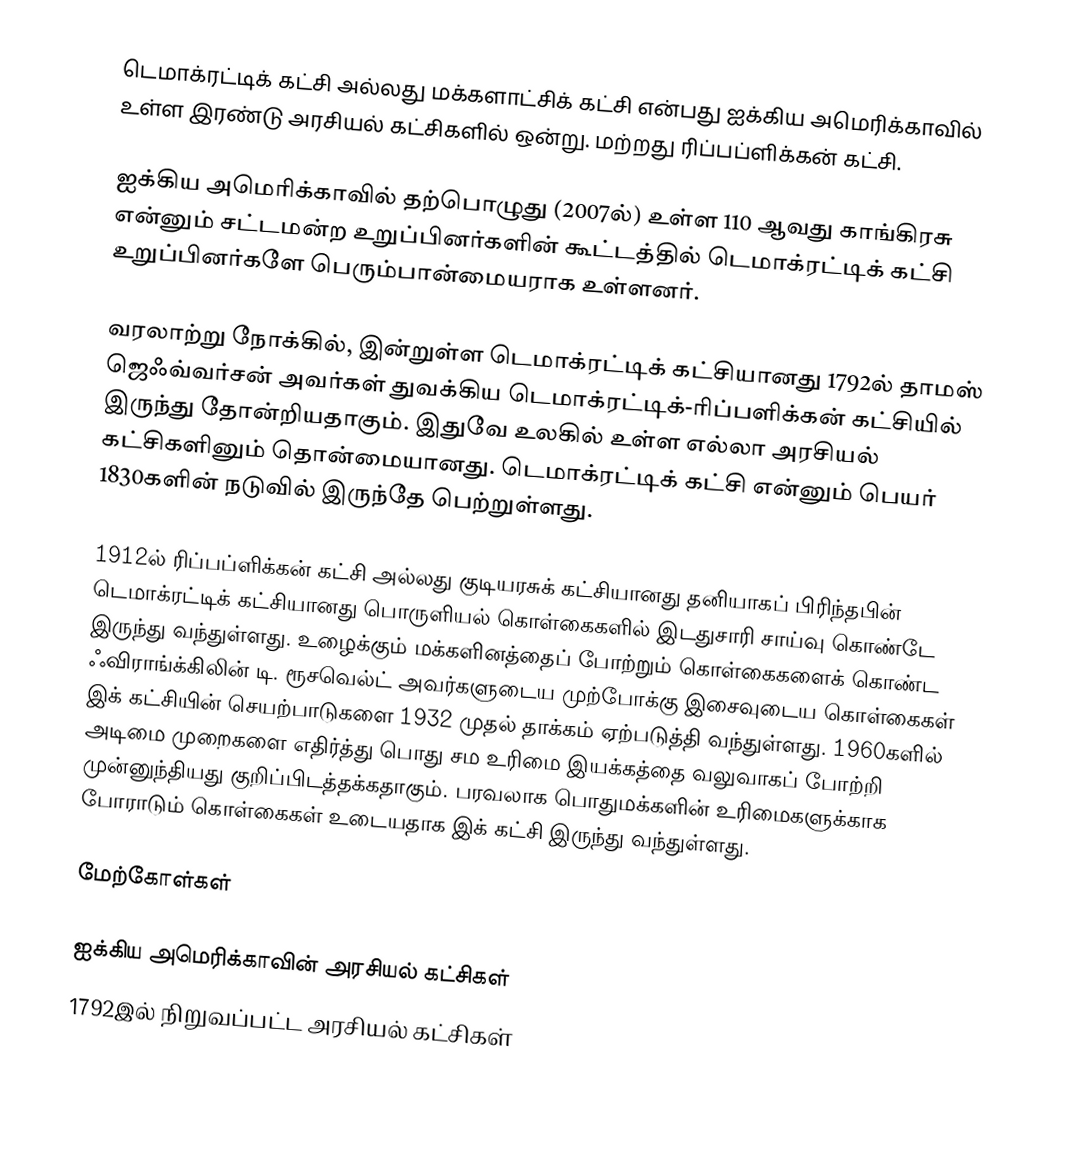
டெமாக்ரட்டிக் கட்சி அல்லது மக்களாட்சிக் கட்சி என்பது ஐக்கிய அமெரிக்காவில் உள்ள இரண்டு அரசியல் கட்சிகளில் ஒன்று. மற்றது ரிப்பப்ளிக்கன் கட்சி.

ஐக்கிய அமெரிக்காவில் தற்பொழுது (2007ல்) உள்ள 110 ஆவது காங்கிரசு என்னும் சட்டமன்ற உறுப்பினர்களின் கூட்டத்தில் டெமாக்ரட்டிக் கட்சி உறுப்பினர்களே பெரும்பான்மையராக உள்ளனர்.

வரலாற்று நோக்கில், இன்றுள்ள டெமாக்ரட்டிக் கட்சியானது 1792ல் தாமஸ் ஜெஃவ்வர்சன் அவர்கள் துவக்கிய டெமாக்ரட்டிக்-ரிப்பளிக்கன் கட்சியில் இருந்து தோன்றியதாகும். இதுவே உலகில் உள்ள எல்லா அரசியல் கட்சிகளினும் தொன்மையானது. டெமாக்ரட்டிக் கட்சி என்னும் பெயர் 1830களின் நடுவில் இருந்தே பெற்றுள்ளது.

1912ல் ரிப்பப்ளிக்கன் கட்சி அல்லது குடியரசுக் கட்சியானது தனியாகப் பிரிந்தபின் டெமாக்ரட்டிக் கட்சியானது பொருளியல் கொள்கைகளில் இடதுசாரி சாய்வு கொண்டே இருந்து வந்துள்ளது. உழைக்கும் மக்களினத்தைப் போற்றும் கொள்கைகளைக் கொண்ட ஃவிராங்க்கிலின் டி. ரூசவெல்ட் அவர்களுடைய முற்போக்கு இசைவுடைய கொள்கைகள் இக் கட்சியின் செயற்பாடுகளை 1932 முதல் தாக்கம் ஏற்படுத்தி வந்துள்ளது. 1960களில் அடிமை முறைகளை எதிர்த்து பொது சம உரிமை இயக்கத்தை வலுவாகப் போற்றி முன்னுந்தியது குறிப்பிடத்தக்கதாகும். பரவலாக பொதுமக்களின் உரிமைகளுக்காக போராடும் கொள்கைகள் உடையதாக இக் கட்சி இருந்து வந்துள்ளது.

மேற்கோள்கள்

ஐக்கிய அமெரிக்காவின் அரசியல் கட்சிகள்
1792இல் நிறுவப்பட்ட அரசியல் கட்சிகள்